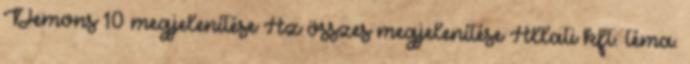
Demons 10 megjelenítése Az összes megjelenítése Állati kft. téma.